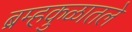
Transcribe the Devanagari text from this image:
ब्रम्हकुळातले